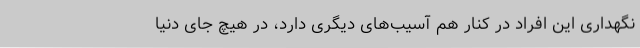
نگهداری این افراد در کنار هم آسیب‌های دیگری دارد، در هیچ جای دنیا